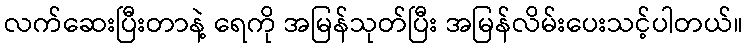
လက်ဆေးပြီးတာနဲ့ ရေကို အမြန်သုတ်ပြီး အမြန်လိမ်းပေးသင့်ပါတယ်။